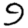
Digit: 9